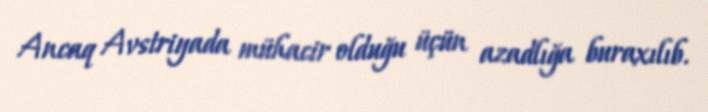
Ancaq Avstriyada mühacir olduğu üçün azadlığa buraxılıb.